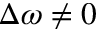
\Delta \omega \ne 0